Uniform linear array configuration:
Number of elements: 8
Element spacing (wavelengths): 0.25
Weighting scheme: blackman
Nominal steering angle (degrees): -45
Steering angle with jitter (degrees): -44.362
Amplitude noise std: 0.05
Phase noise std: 0.05

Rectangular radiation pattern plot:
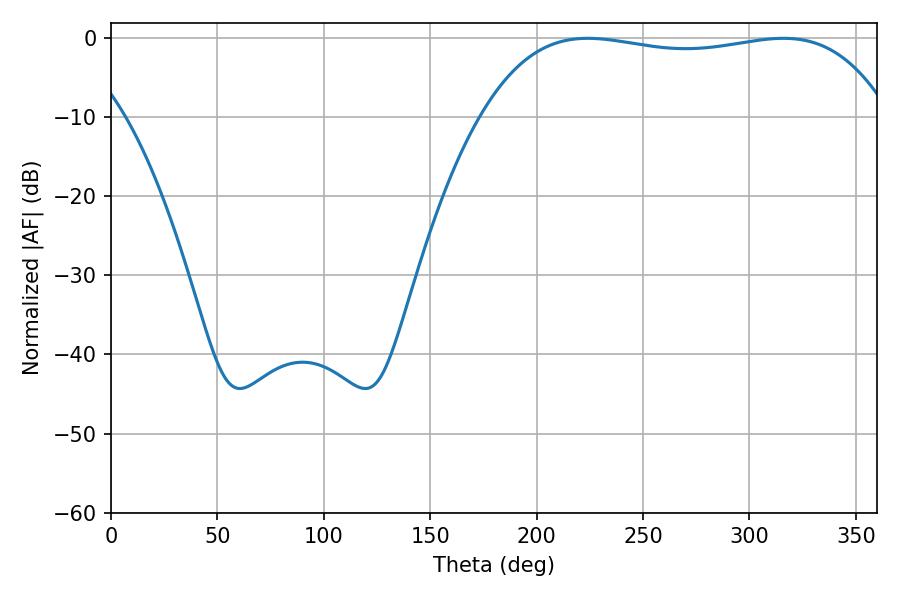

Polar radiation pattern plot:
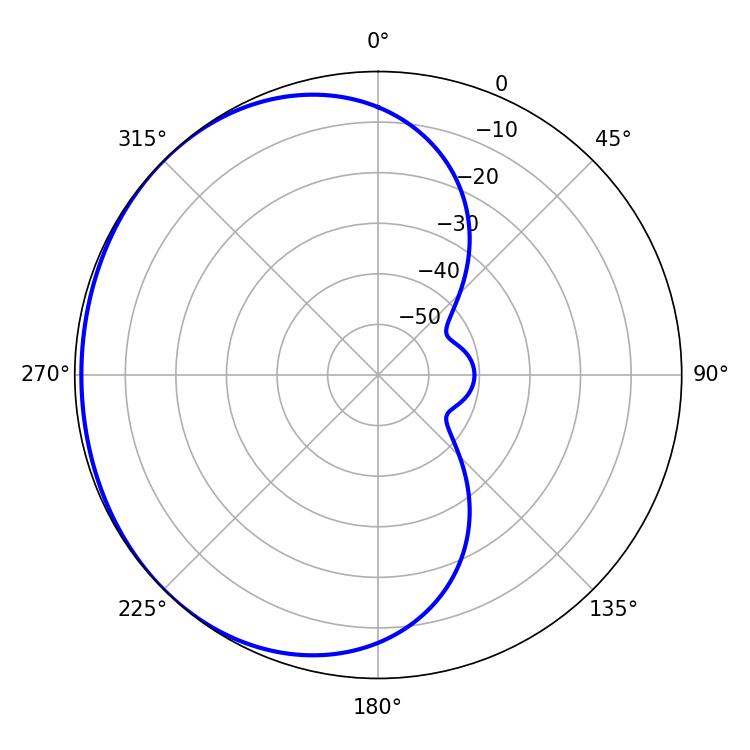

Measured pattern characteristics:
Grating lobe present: FALSE
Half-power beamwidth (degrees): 153
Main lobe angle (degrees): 224.1